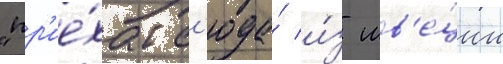
"пр'ие́хал с'юда́ и́з шв'е́ции